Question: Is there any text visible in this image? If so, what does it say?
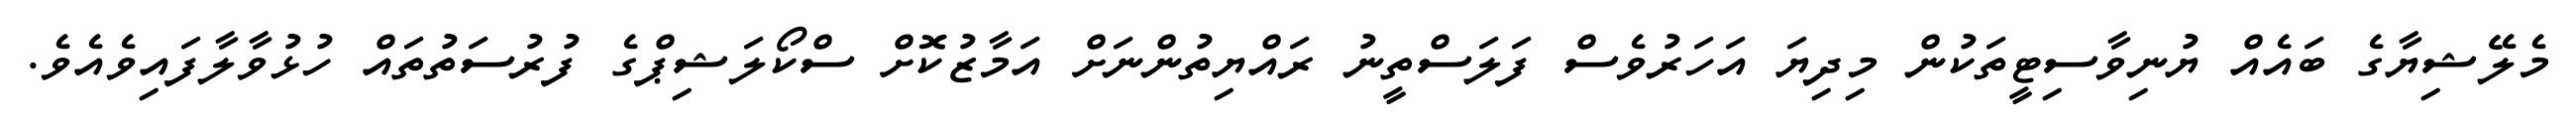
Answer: މެލޭޝިޔާގެ ބައެއް ޔުނިވާސިޓީތަކުން މިދިޔަ އަހަރުވެސް ފަލަސްތީނު ރައްޔިތުންނަށް އަމާޒުކޮށް ސްކޯލަޝިޕްގެ ފުރުސަތުތައް ހުޅުވާލާފައިވެއެވެ.